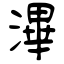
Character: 滭